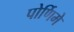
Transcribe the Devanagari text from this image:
पोर्णिमे